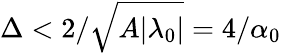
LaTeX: \Delta<2/\sqrt{A|\lambda_{0}|}=4/\alpha_{0}